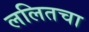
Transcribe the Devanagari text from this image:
ललितचा